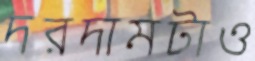
দরদামটাও